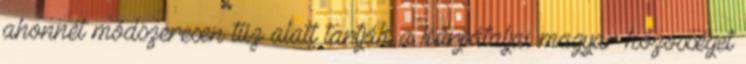
ahonnét módszeresen tűz alatt tartják a kárpátaljai magyar közösséget